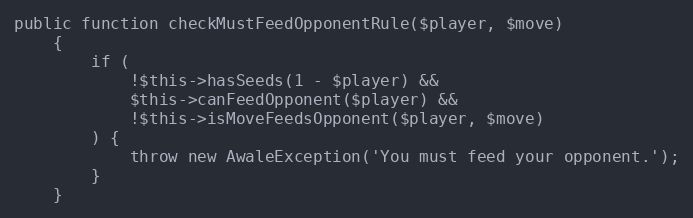
Language: PHP
public function checkMustFeedOpponentRule($player, $move)
    {
        if (
            !$this->hasSeeds(1 - $player) &&
            $this->canFeedOpponent($player) &&
            !$this->isMoveFeedsOpponent($player, $move)
        ) {
            throw new AwaleException('You must feed your opponent.');
        }
    }